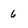
Character: 6